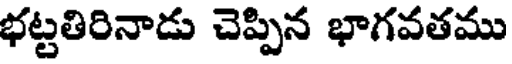
భట్టతిరినాడు చెప్పిన భాగవతము